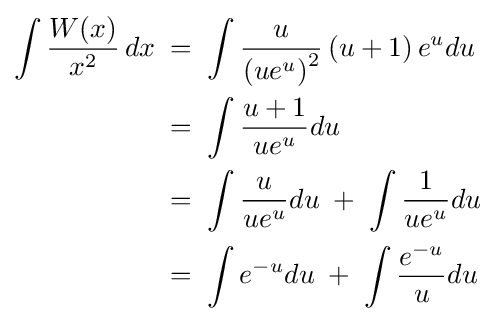
{\begin{aligned}\int {\frac {W(x)}{x^{2}}}\,dx\;&=\;\int {\frac {u}{\left(ue^{u}\right)^{2}}}\left(u+1\right)e^{u}du\\&=\;\int {\frac {u+1}{ue^{u}}}du\\&=\;\int {\frac {u}{ue^{u}}}du\;+\;\int {\frac {1}{ue^{u}}}du\\&=\;\int e^{-u}du\;+\;\int {\frac {e^{-u}}{u}}du\end{aligned}}